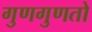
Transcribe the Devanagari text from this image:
गुणगुणतो